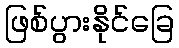
ဖြစ်ပွားနိုင်ခြေ